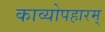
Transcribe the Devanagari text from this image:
काव्योपहारम्